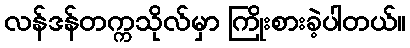
လန်ဒန်တက္ကသိုလ်မှာ ကြိုးစားခဲ့ပါတယ်။